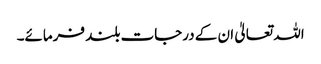
اللہ تعالیٰ ان کے درجات بلند فرمائے۔